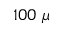
1 0 0 ~ \mu